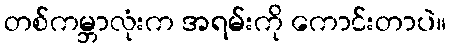
တစ်ကမ္ဘာလုံးက အရမ်းကို ကောင်းတာပဲ။